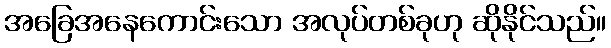
အခြေအနေကောင်းသော အလုပ်တစ်ခုဟု ဆိုနိုင်သည်။